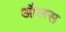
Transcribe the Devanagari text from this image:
औलस